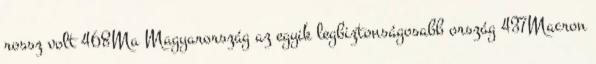
rossz volt 468Ma Magyarország az egyik legbiztonságosabb ország 437Macron